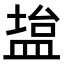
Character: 𫞱